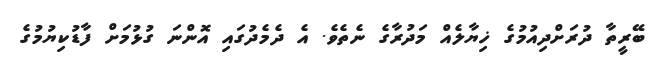
ބޭރީތާ ދުރަށްދިއުމުގެ ޚިޔާލެއް މަދުރާގެ ނެތެވެ. އެ ދެމެދުގައި އޮންނަ ގުޅުމަށް ފާޑުކިޔުމުގެ